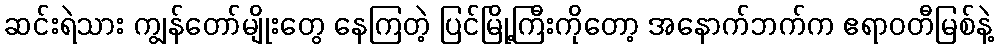
ဆင်းရဲသား ကျွန်တော်မျိုးတွေ နေကြတဲ့ ပြင်မြို့ကြီးကိုတော့ အနောက်ဘက်က ဧရာဝတီမြစ်နဲ့